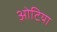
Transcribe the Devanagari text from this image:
ओटिया